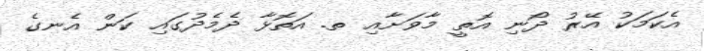
އެކަމަކު އޭރު ދޯނި އޮތީ މާވަށާއި ތ. އަތޮޅާ ދެމެދުގައި ކަން އެނގެ